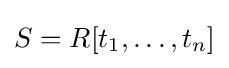
S=R[t_{1},\dots ,t_{n}]